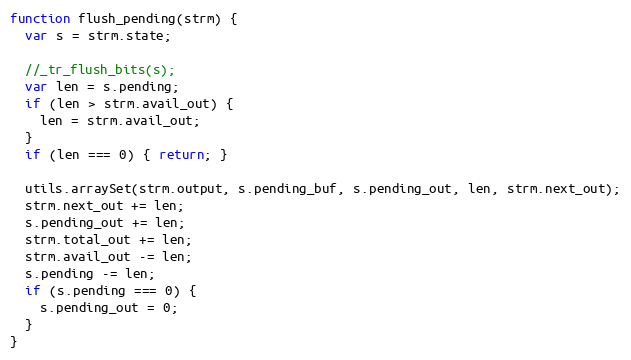
Language: JavaScript
function flush_pending(strm) {
  var s = strm.state;

  //_tr_flush_bits(s);
  var len = s.pending;
  if (len > strm.avail_out) {
    len = strm.avail_out;
  }
  if (len === 0) { return; }

  utils.arraySet(strm.output, s.pending_buf, s.pending_out, len, strm.next_out);
  strm.next_out += len;
  s.pending_out += len;
  strm.total_out += len;
  strm.avail_out -= len;
  s.pending -= len;
  if (s.pending === 0) {
    s.pending_out = 0;
  }
}